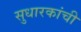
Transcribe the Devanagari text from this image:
सुधारकांची